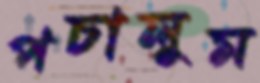
পচালুম